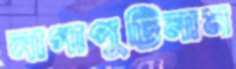
নাগাপুট্টিনাম